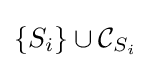
\left\{S_{i}\right\}\cup {\mathcal {C}}_{S_{i}}